Report on the working of the Ranchi Indian Mental Hospital, Kanke, in Bihar and Orissa - 1930-1940
Year: 1930
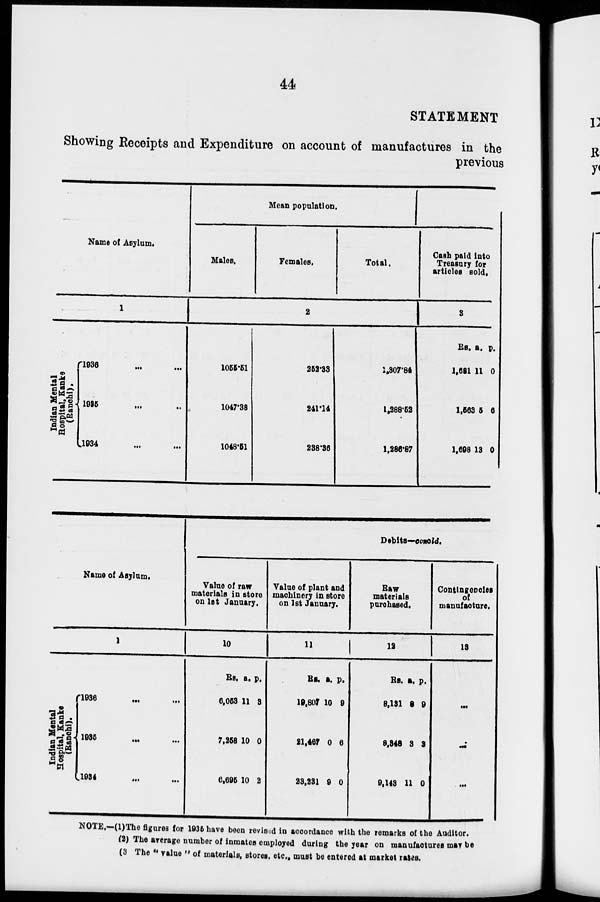
44
STATEMENT
Showing Receipts and Expenditure on account of manufactures in the
previous
Name of Asylum.
1
I
ndian Mental
Hospital, Kanke
(Ranchi).
1936
...
...
1935 ... ...
1934 ... ...
Mean population.
Males.
Females.
Total.
2
1055.51
1047.38
1048.51
252.33
241.14
238.36
1,307.84
1,288.52
1,286.87
Cash paid into
Treasury for
articles sold.
3
Rs.
1,681
1,563
1,698
a.
11
5
13
p.
0
6
0
Name of Asylum.
1
Indian Mental
Hospital, Kanke
(Ranchi).
1936
...
...
1935
...
...
1934 ... ...
Debits—concld.
Value of raw
materials in store
on 1st January.
10
Rs.
6,053
7,258
6,695
a.
11
10
10
p.
3
0
2
Value of plant and
machinery in store
on 1st January.
11
Rs.
19,807
21,467
23,231
a.
10
0
0
p.
0
6
0
Raw
materials
purchased.
12
Rs.
8,131
8,348
9,143
a.
8
3
11
p.
9
3
0
Contingencies
of
manufacture.
13
...
...
...
NOTE.—(1)The figures for 1935 have been revised in accordance with the remarks of the Auditor.
(2) The average number of inmates employed during the year on manufactures may be
(3 The " value " of materials, stores, etc., must be entered at market rates.